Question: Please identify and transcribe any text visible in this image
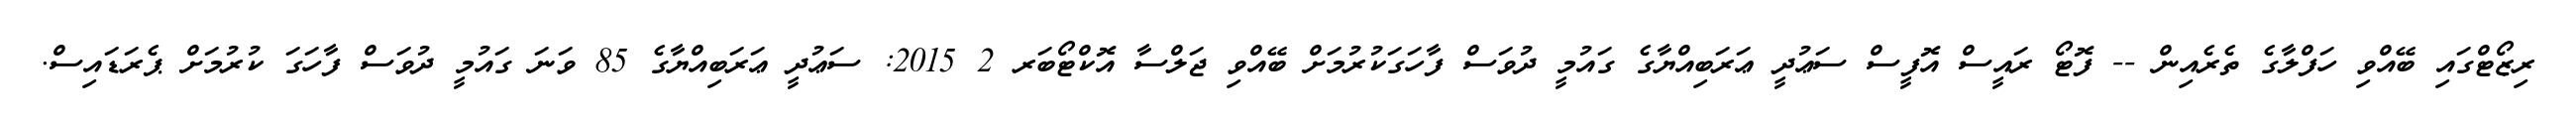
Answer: ރިޒޯޓްގައި ބޭއްވި ހަފްލާގެ ތެރެއިން -- ފޮޓޯ ރައީސް އޮފީސް ސަޢުދީ ޢަރަބިއްޔާގެ ގައުމީ ދުވަސް ފާހަގަކުރުމަށް ބޭއްވި ޖަލްސާ އޮކްޓޯބަރ 2 2015: ސަޢުދީ ޢަރަބިއްޔާގެ 85 ވަނަ ގައުމީ ދުވަސް ފާހަގަ ކުރުމަށް ޕެރަޑައިސް.